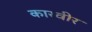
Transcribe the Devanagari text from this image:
कारवीर